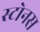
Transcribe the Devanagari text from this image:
स्टोनस